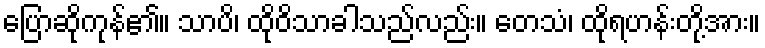
ပြောဆိုကုန်၏။ သာပိ၊ ထိုဝိသာခါသည်လည်း။ တေသံ၊ ထိုရဟန်းတို့အား။